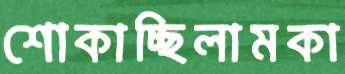
শোকাচ্ছিলামকা